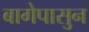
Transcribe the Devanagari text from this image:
बागेपासुन